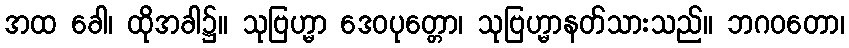
အထ ခေါ၊ ထိုအခါ၌။ သုဗြဟ္မာ ဒေဝပုတ္တော၊ သုဗြဟ္မာနတ်သားသည်။ ဘဂဝတော၊